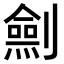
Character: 𠠆